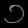
Digit: ၁